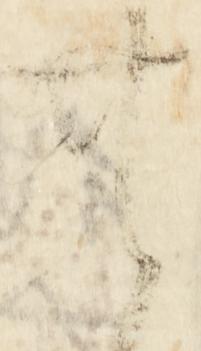
無